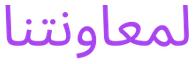
لمعاونتنا